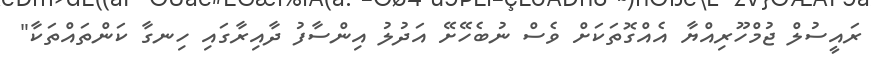
ރައީސުލް ޖުމްހޫރިއްޔާ އެއްގޮތަކަށް ވެސް ނުބެހޭށޭ އަދުލު އިންސާފު ދާއިރާގައި ހިނގާ ކަންތައްތަކާ"